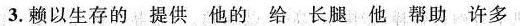
3.赖以生存的提供他的给长腿他帮助许多